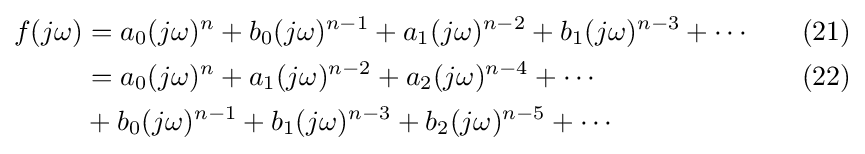
{\begin{aligned}f(j\omega )&=a_{0}(j\omega )^{n}+b_{0}(j\omega )^{n-1}+a_{1}(j\omega )^{n-2}+b_{1}(j\omega )^{n-3}+\cdots &{}\quad (21)\\&=a_{0}(j\omega )^{n}+a_{1}(j\omega )^{n-2}+a_{2}(j\omega )^{n-4}+\cdots &{}\quad (22)\\&+b_{0}(j\omega )^{n-1}+b_{1}(j\omega )^{n-3}+b_{2}(j\omega )^{n-5}+\cdots \\\end{aligned}}